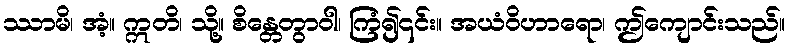
ဿာမိ၊ အံ့။ ဣတိ၊ သို့။ စိန္တေတွာဝါ၊ ကြံ၍၎င်း။ အယံဝိဟာရော၊ ဤကျောင်းသည်။